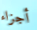
أجزاء